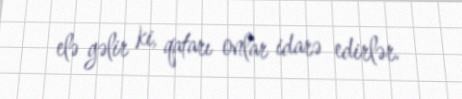
elə gəlir ki, qatarı onlar idarə edirlər.